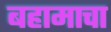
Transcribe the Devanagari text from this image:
बहामाचा